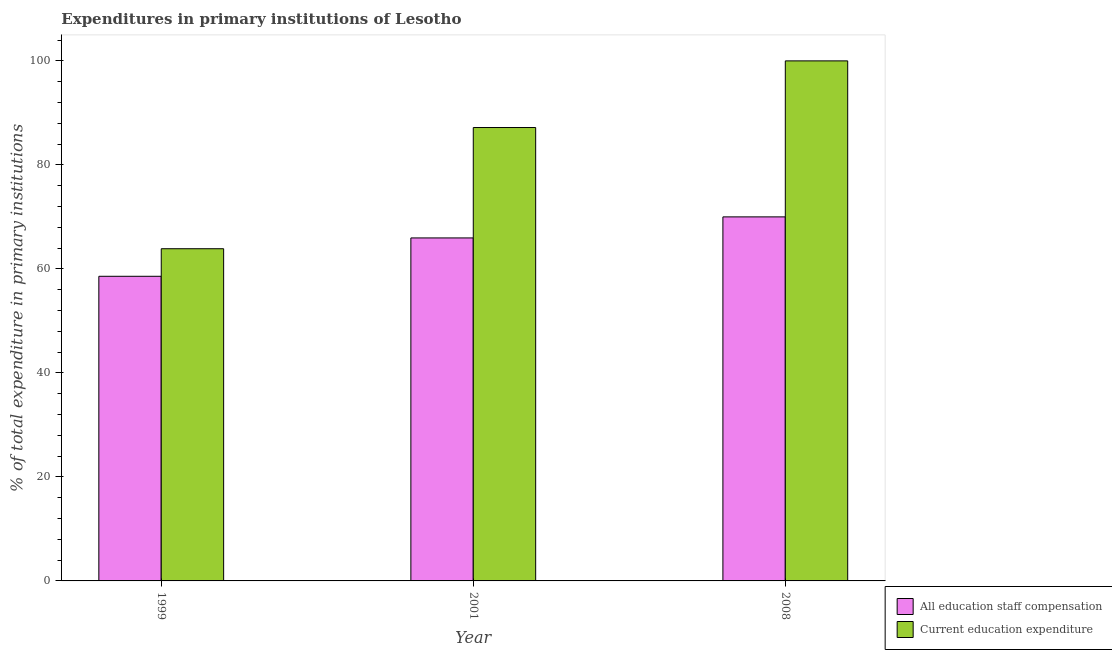
| Year | All education staff compensation | Current education expenditure |
 | --- | --- | --- |
 | 1999 | 58.6 | 63.9 |
 | 2001 | 66 | 87.2 |
 | 2008 | 70 | 100 |